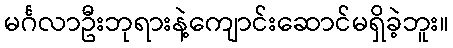
မင်္ဂလာဦးဘုရားနဲ့ကျောင်းဆောင်မရှိခဲ့ဘူး။